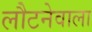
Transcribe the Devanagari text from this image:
लौटनेवाला